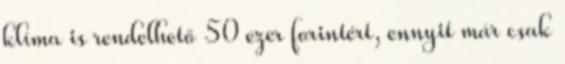
klíma is rendelhető 50 ezer forintért, ennyit már csak